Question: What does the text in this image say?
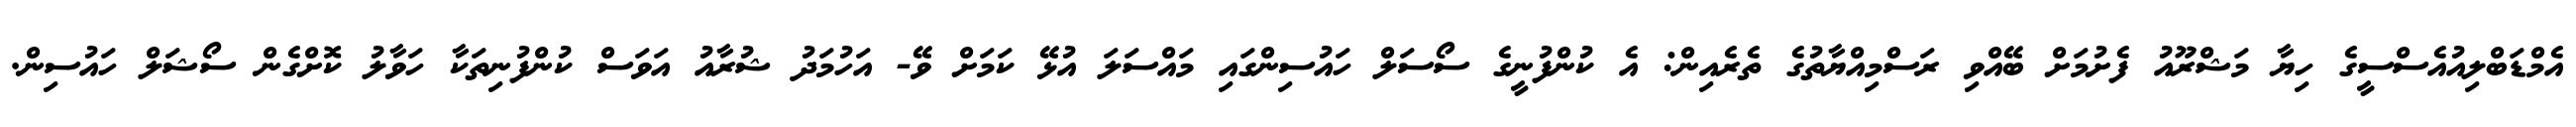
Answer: އެމްޑަބްލިއުއެސްސީގެ ހިޔާ މަޝްރޫއު ފެށުމަށް ބޭއްވި ރަސްމިއްޔާތުގެ ތެރެއިން: އެ ކުންފުނީގެ ސޯސަލް ހައުސިންގައި މައްސަލަ އުޅޭ ކަމަށް ވޭ- އަހުމަދު ޝުރާއު އަވަސް ކުންފުނިތަކާ ހަވާލު ކޮށްގެން ސޯޝަލް ހައުސިން.